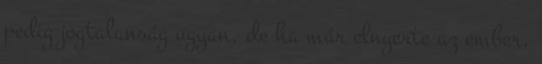
pedig jogtalanság ugyan, de ha már elnyerte az ember,